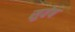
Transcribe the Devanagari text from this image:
सुवेष